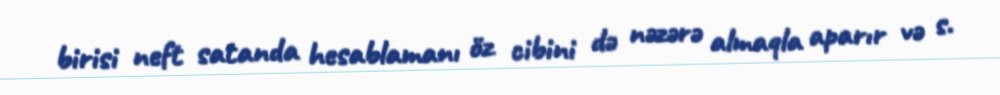
birisi neft satanda hesablamanı öz cibini də nəzərə almaqla aparır və s.